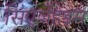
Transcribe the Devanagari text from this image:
सिएजेंहेइम